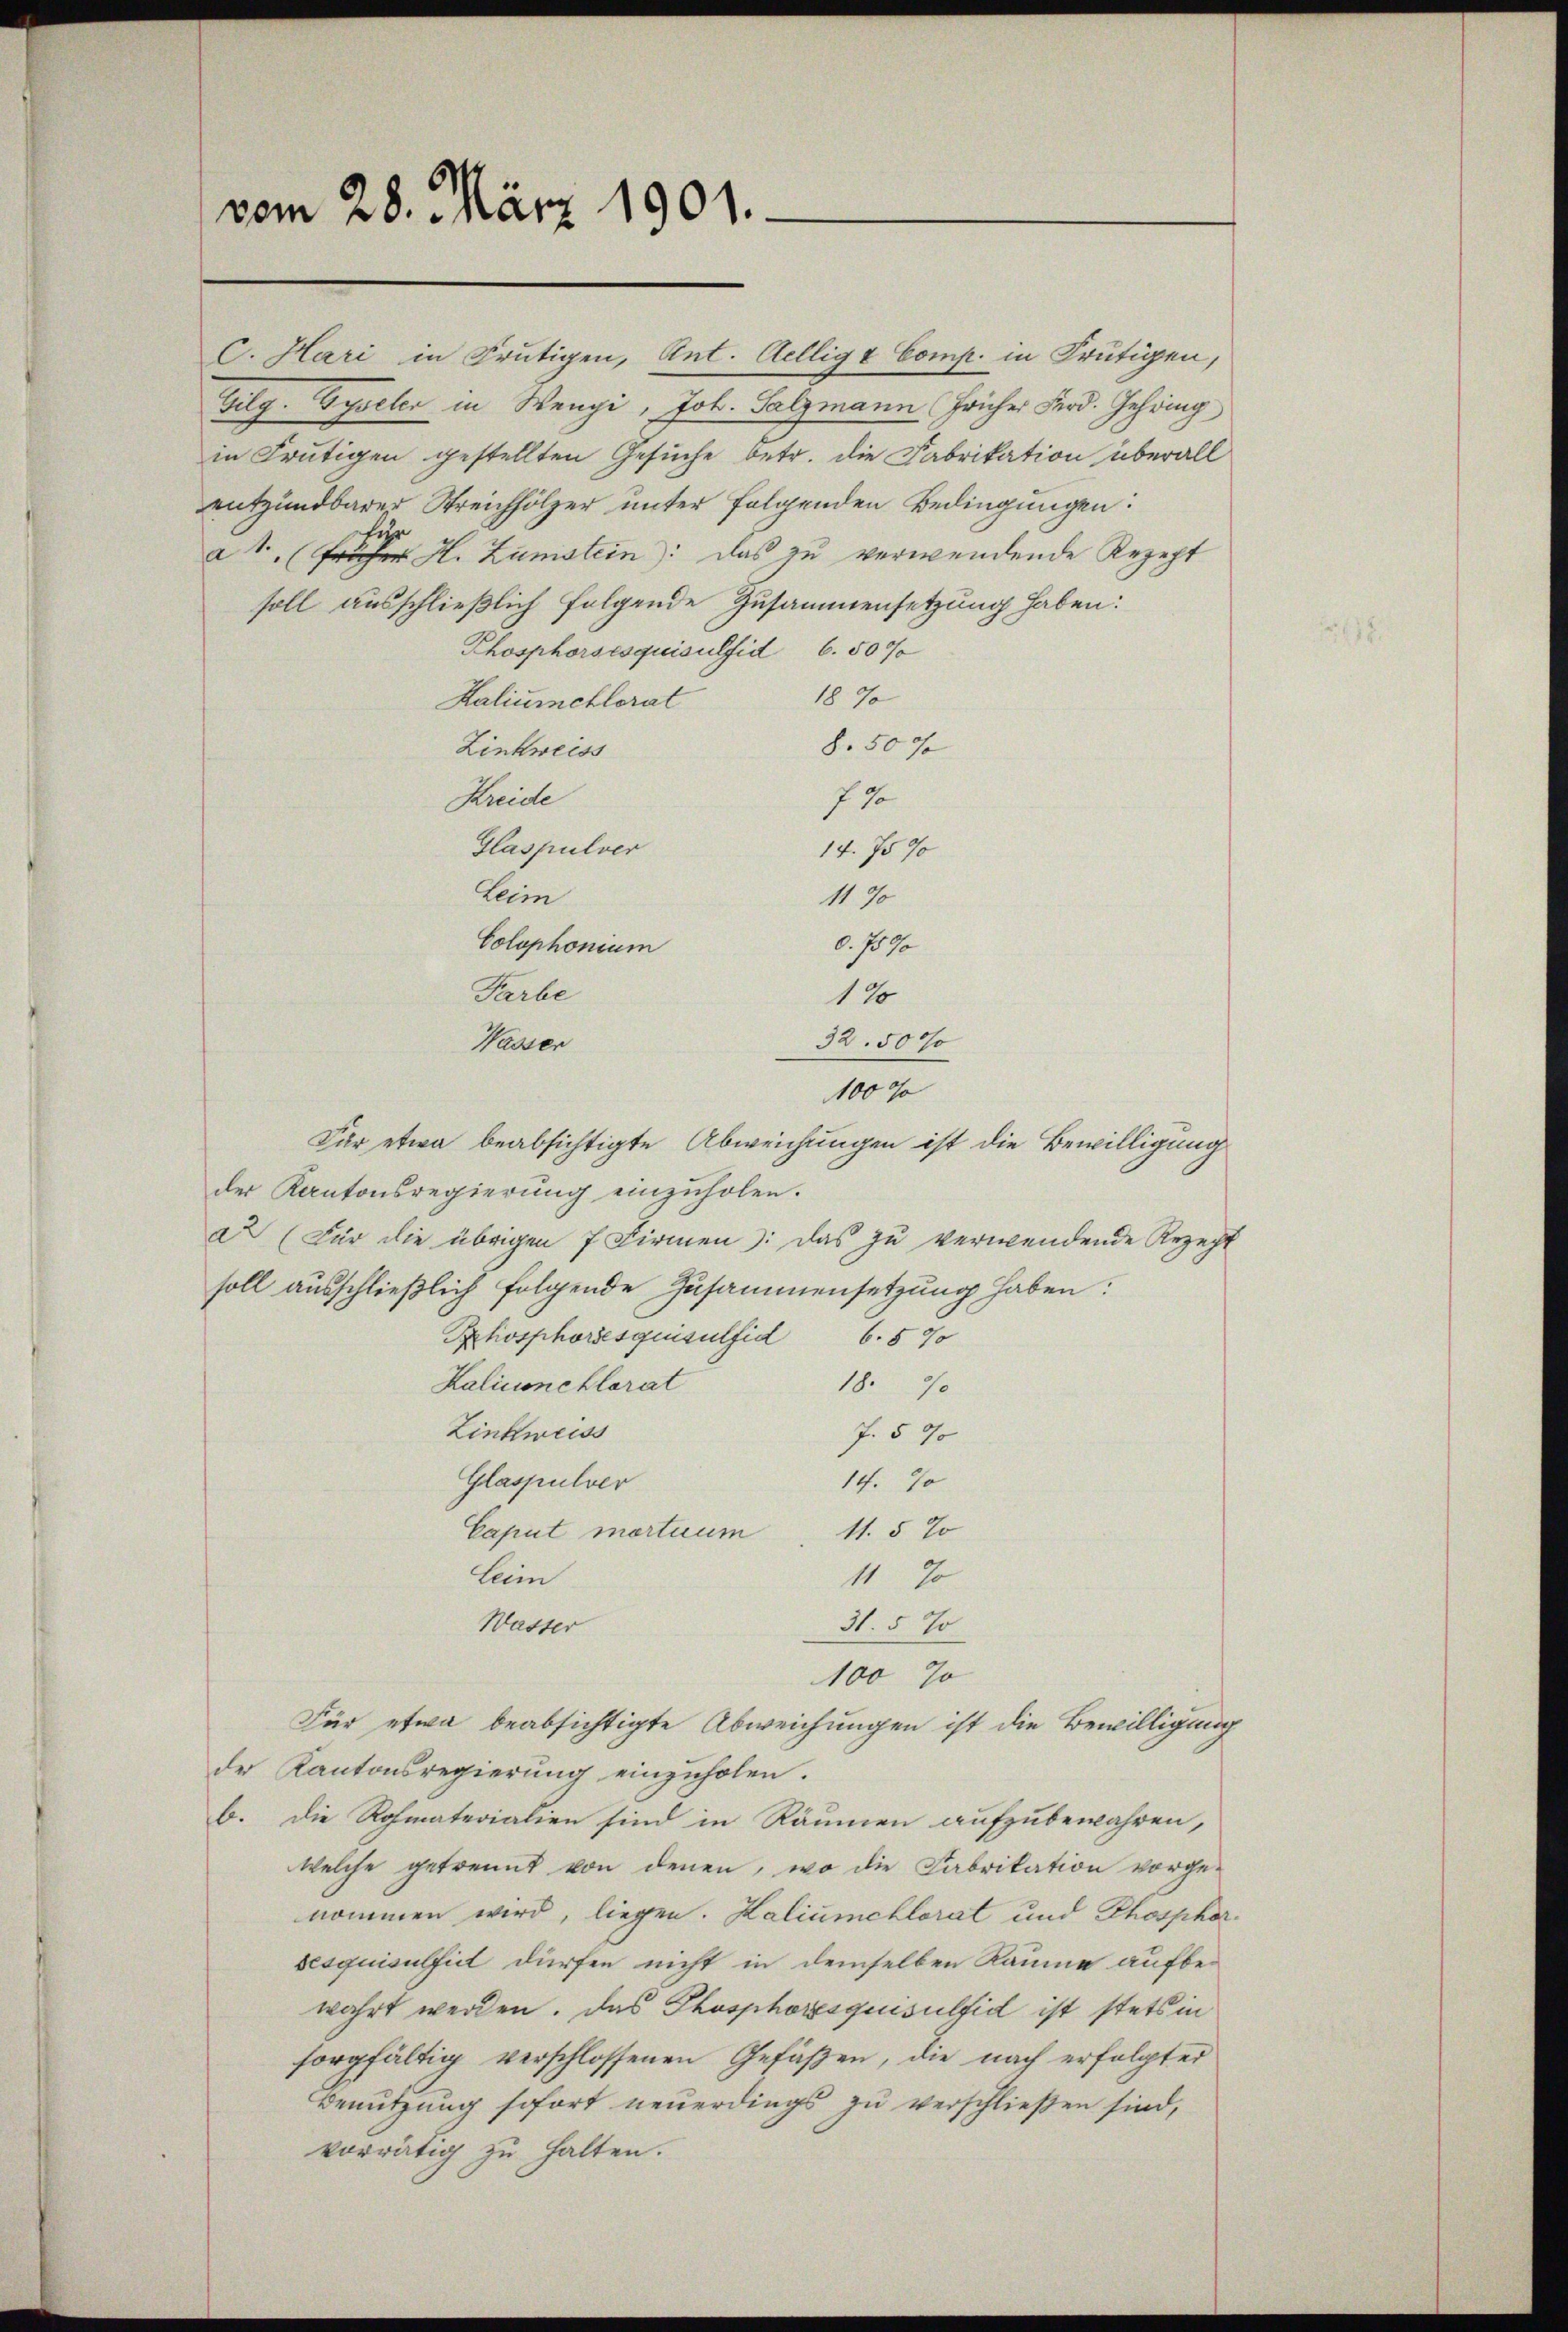
vom 28. März 1901.

C. Hari in Frutigen, Ant. Cellig & Comp. in Frutigen,
Gilg. Gyseler in Wengi, Joh. Salzmann früher Ferd. Gehring
in Frutigen gestellten Gesuche betr. die Fabrikation überall
entzündbarer Streichhölzer unter folgenden Bedingungen:
a 1. (Fr H. Zamstein: das zu verwendende Rezept
soll ausschließlich folgende Zusammensetzung haben:
Phosphorsesquisulfid 6.50%
1890
Kaliumehlorat
8.50 %
Zinkweiss
Kreide
710
Glaspulver
14. 75 %
leim
1190
d. 1590
Colophonium
Farbe
120
32.50%
Wasser
1000
Für etwa beabsichtigte Abweichungen ist die Bewilligung
der Kantonsregierung einzuholen.
a2 (Für die übrigen 7 Firmen: das zu verwendende Rezecht
soll ausschließlich folgende Zusammensetzung haben:
Phosphoresquisulfid 6. 570
Kalicanehlorat
18. 70
Zinkweiss
f. § 70
Glaspulver
14. Jo
11. 5 %
Caput mortuum
Leim
11 so
31. 5 %
Wasser
100 J
Für etwa beabsichtigte Abweichungen ist die Bewilligung
der Kantonsregierung einzuholen.
b. Die Rohmaterialien sind in Räumen aufzubewahren,
welche getrennt von denen, wo die Fabrikation vorge-
nommen wird, liegen. Kaliumehlorat und Phosphor
sesquisulfit dürfen nicht in demselben Räume aufbewahrt werden. Das Phosphoresgesulfid ist stets in
sorgfältig verschlossenen Gefäßen, die nach erfolgter
Benutzung sofort neuerdings zu verschließen sind,
vorrätig zu halten.